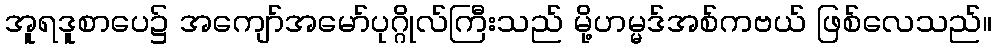
အူရဒူစာပေ၌ အကျော်အမော်ပုဂ္ဂိုလ်ကြီးသည် မို့ဟမ္မဒ်အစ်ကဗယ် ဖြစ်လေသည်။